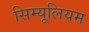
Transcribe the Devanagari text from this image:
सिम्यूलियम